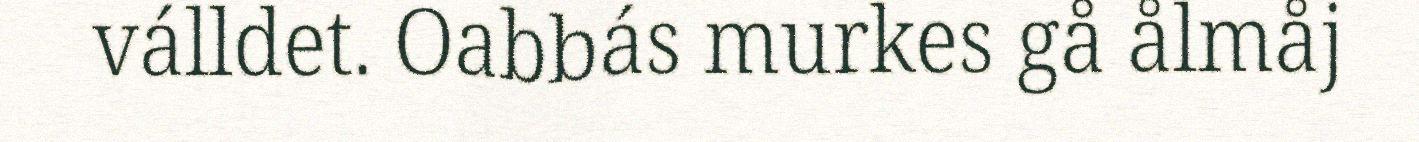
válldet. Oabbás murkes gå ålmåj